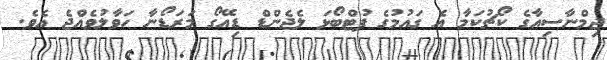
ޖިމްނާސިއާގެ ކޯޗުކަމާ އެ ގައުމުގެ ފުޓްބޯޅަ ލެޖެންޑް ޑިއޭގޯ މަރަޑޯނާ ހަވާލުވެއްޖެ އެވެ.